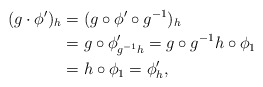
\begin{align*}(g\cdot \phi')_{h}&=(g\circ \phi'\circ g^{-1})_{h}\\&=g\circ \phi'_{g^{-1}h}= g\circ g^{-1}h\circ \phi_{1}\\&=h\circ \phi_{1}=\phi'_{h},\end{align*}